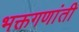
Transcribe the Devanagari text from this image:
भक्तगणांती